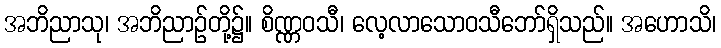
အဘိညာသု၊ အဘိညာဉ်တို့၌။ စိဏ္ဏဝသီ၊ လေ့လာသောဝသီဘော်ရှိသည်။ အဟောသိ၊